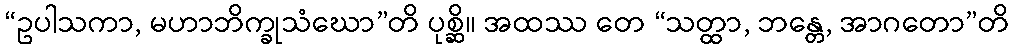
“ဥပါသကာ, မဟာဘိက္ခုသံဃော”တိ ပုစ္ဆိ။ အထဿ တေ “သတ္ထာ, ဘန္တေ, အာဂတော”တိ